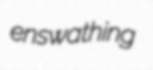
enswathing